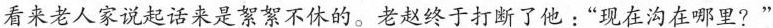
看来老人家说起话来是絮絮不休的。老赵终于打断了他：“现在沟在哪里？